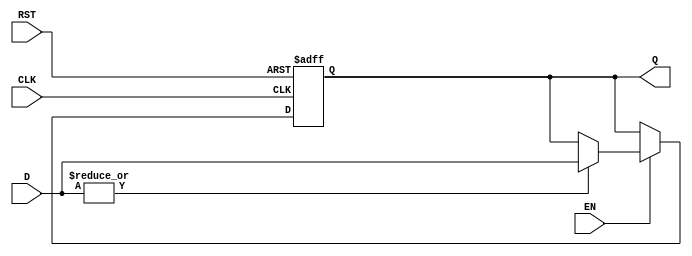
module BarrierRegister #(
    parameter N = 4  // Number of data inputs
)(
    input wire [N-1:0] D,    // Data inputs (D1, D2, ..., Dn)
    input wire EN,           // Enable signal
    input wire CLK,          // Clock signal
    input wire RST,          // Asynchronous reset signal
    output reg [N-1:0] Q     // Output
);

// Asynchronous reset
always @(posedge CLK or posedge RST) begin
    if (RST) begin
        Q <= {N{1'b0}};  // Initialize output to zero
    end else if (EN) begin
        // Check if all inputs are valid (not in reset state)
        if (|D) begin  // If any input is non-zero (valid)
            Q <= D;   // Update output with current input values
        end
    end
end

endmodule